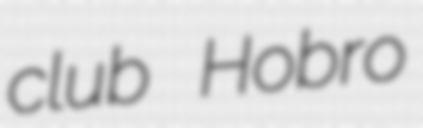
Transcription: club Hobro